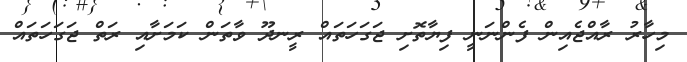
މިހާރު ރާއްޖެއިން ފެންނަނީ ފިޔާތޮށި ޖަގަހަތައް ރީނދޫ ވާތަން ކަމަށާއި ރަތް ޖަގަހަތައް